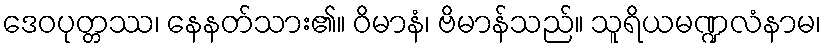
ဒေဝပုတ္တဿ၊ နေနတ်သား၏။ ဝိမာနံ၊ ဗိမာန်သည်။ သူရိယမဏ္ဍလံနာမ၊